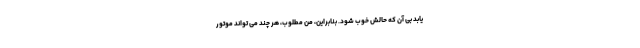
یابد بی آن که حالش خوب شود. بنابراین، منِ مطلوب، هر چند می تواند موتور